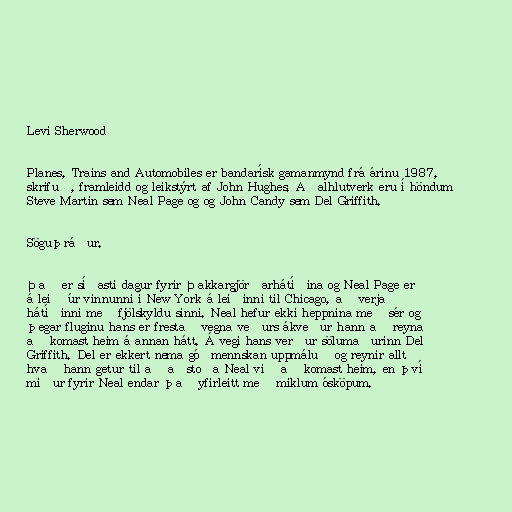
Levi Sherwood

Planes, Trains and Automobiles er bandarísk gamanmynd frá árinu 1987,
skrifuð, framleidd og leikstýrt af John Hughes. Aðalhlutverk eru í höndum
Steve Martin sem Neal Page og og John Candy sem Del Griffith.

Söguþráður.

Það er síðasti dagur fyrir Þakkargjörðarhátíðina og Neal Page er
á leið úr vinnunni í New York á leiðinni til Chicago, að verja
hátíðinni með fjölskyldu sinni. Neal hefur ekki heppnina með sér og
þegar fluginu hans er frestað vegna veðurs ákveður hann að reyna
að komast heim á annan hátt. Á vegi hans verður sölumaðurinn Del
Griffith. Del er ekkert nema góðmennskan uppmáluð og reynir allt
hvað hann getur til að aðstoða Neal við að komast heim, en því
miður fyrir Neal endar það yfirleitt með miklum ósköpum.